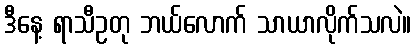
ဒီနေ့ ရာသီဥတု ဘယ်လောက် သာယာလိုက်သလဲ။